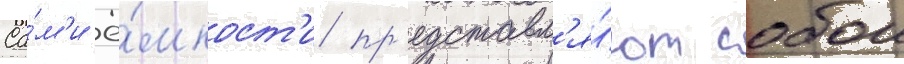
Са́м'и ё́мкост'и пр'едставл'я́ют собои